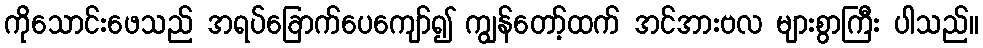
ကိုသောင်းဖေသည် အရပ်ခြောက်ပေကျော်၍ ကျွန်တော့်ထက် အင်အားဗလ များစွာကြီး ပါသည်။